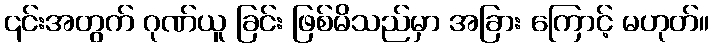
၎င်းအတွက် ဂုဏ်ယူ ခြင်း ဖြစ်မိသည်မှာ အခြား ကြောင့် မဟုတ်။